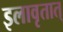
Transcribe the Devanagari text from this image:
इलावृतात्